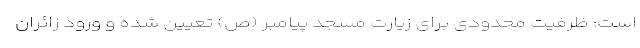
است: ظرفیت محدودی برای زیارت مسجد پیامبر (ص) تعیین شده و ورود زائران